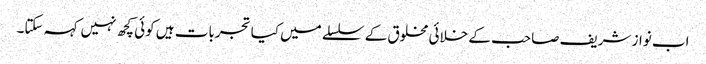
اب نواز شریف صاحب کے خلائی مخلوق کے سلسلے میں کیا تجربات ہیں کوئی کچھ نہیں کہہ سکتا۔